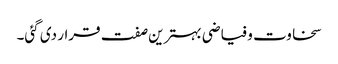
سخاوت و فیاضی بہترین صفت قرار دی گئی۔